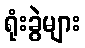
ရုံးခွဲများ